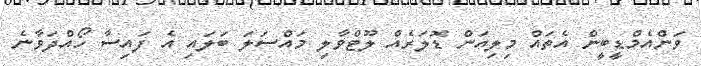
ވަންއެމްޑީބީން އެތައް މިލިއަން ޑޮލަރެއް ލޫޓްވާލި މައްސަލަ ބަލައި އެ ފައިސާ ހޯއްދަވާނެ